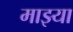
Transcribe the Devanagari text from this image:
माझ्या